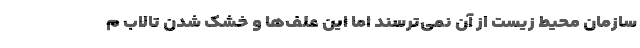
سازمان محیط زیست از آن نمی‌ترسند اما این علف‌ها و خشک شدن تالاب م